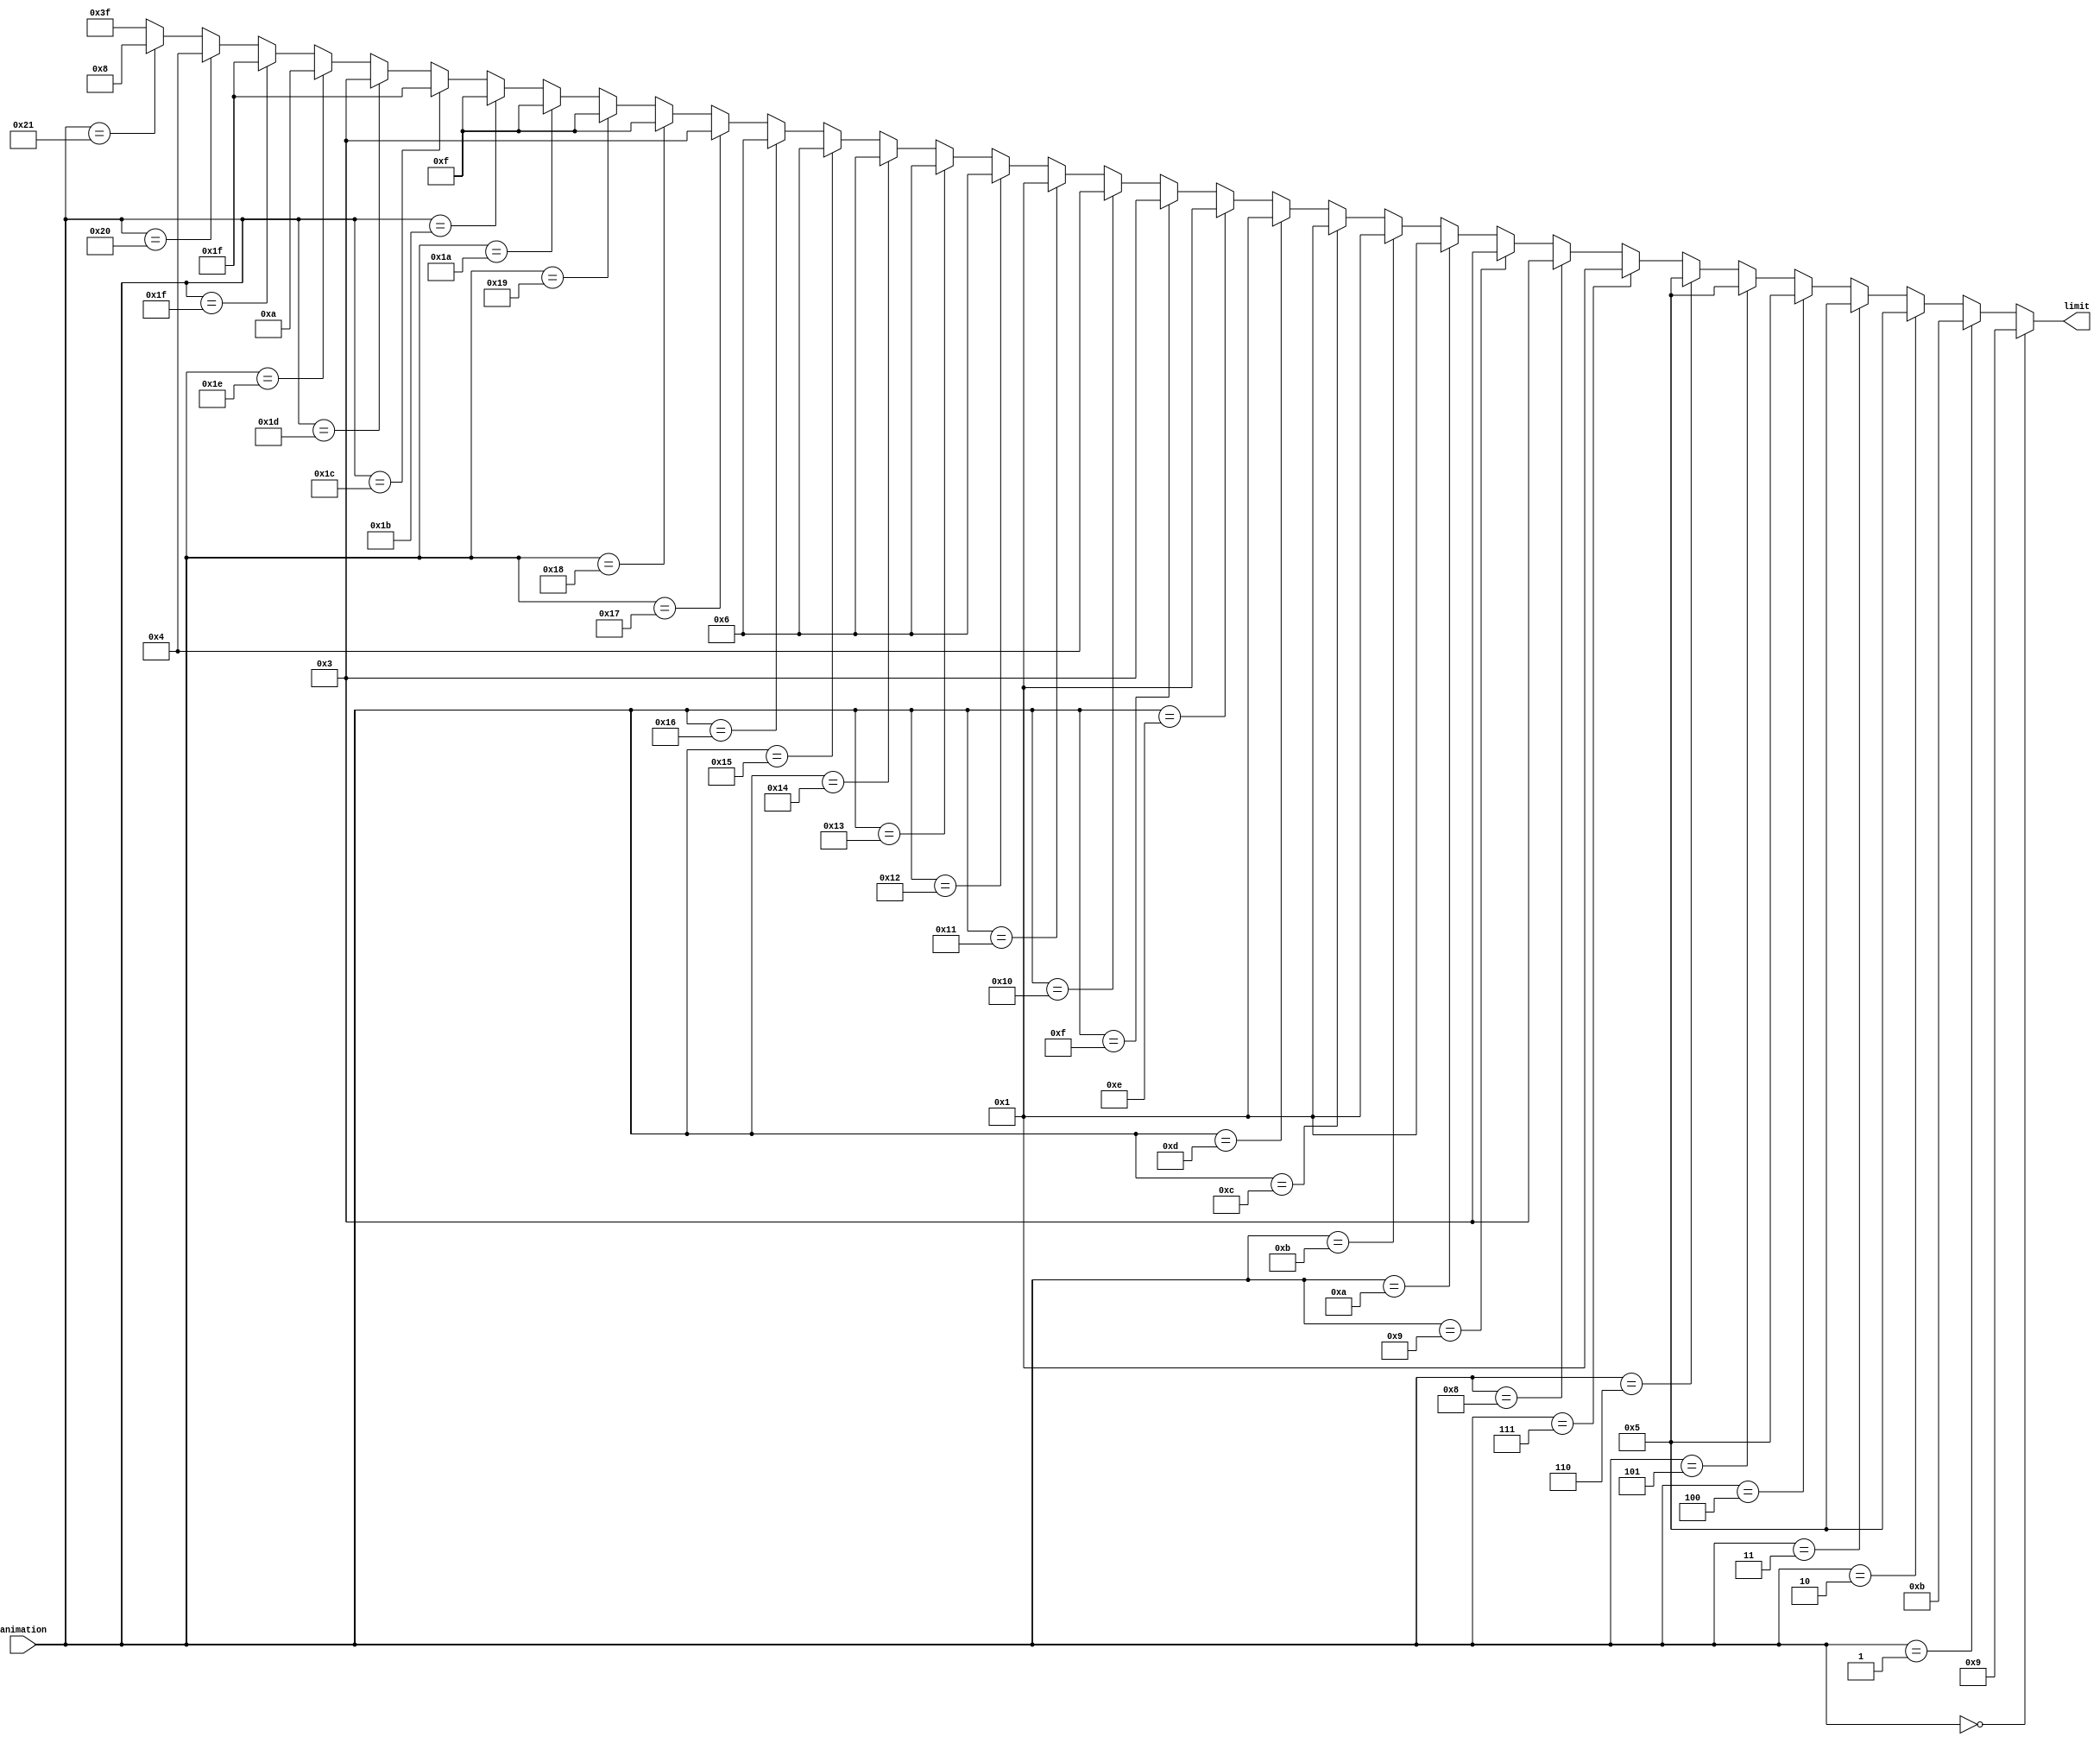
`default_nettype none 
//`timescale 1ns / 1ps

module changing (
    input wire [5:0] animation,
    output wire [5:0] limit
);

    assign limit = (animation == 6'b000000) ? 9 :  // ani0, 0 -> 9
                (animation == 6'b000001) ? 11 :  // ani1, Armin Hartl 
                (animation == 6'b000010) ? 5 :   // ani2, Around clockwise
                (animation == 6'b000011) ? 5 :   // ani3, Around anti-clockwise
                (animation == 6'b000100) ? 5 :   // ani4, Pair do round anti-clockwise
                (animation == 6'b000101) ? 5 :   // ani5, Pair do round clockwise
                (animation == 6'b000110) ? 5 :   // ani6, Pair switcher
                (animation == 6'b000111) ? 1 :   // ani7, Up & Down - Case Up & Down - Straight
                (animation == 6'b001000) ? 3 :   // ani8, Up & Down - Straight
                (animation == 6'b001001) ? 3 :   // ani9, H |-| idk
                (animation == 6'b001010) ? 1 :   // ani10, blinking
                (animation == 6'b001011) ? 1 :   // ani11, o & 
                (animation == 6'b001100) ? 1 :   // ani12, right & left
                (animation == 6'b001101) ? 1 :   // ani13, half H 1
                (animation == 6'b001110) ? 1 :   // ani14, half H 2
                (animation == 6'b001111) ? 3 :   // ani15, Circle down
                (animation == 6'b010000) ? 4 :   // ani16, Hello
                (animation == 6'b010001) ? 1 :   // ani17, Schrg
                (animation == 6'b010010) ? 6 :   // ani18, Random 1
                (animation == 6'b010011) ? 6 :   // ani19, Random 2
                (animation == 6'b010100) ? 6 :   // ani20, Random 3
                (animation == 6'b010101) ? 6 :   // ani21, Random 4
                (animation == 6'b010110) ? 6 :   // ani22, Random 5
                (animation == 6'b010111) ? 3 :   // ani23, Circle up
                (animation == 6'b011000) ? 15 :  // ani24, Random+ 1
                (animation == 6'b011001) ? 15 :  // ani25, Random+ 2
                (animation == 6'b011010) ? 15 :  // ani26, Random+ 3
                (animation == 6'b011011) ? 15 :  // ani27, Random Numbers
                (animation == 6'b011100) ? 31 :  // ani28, Random Numbers+
                (animation == 6'b011101) ? 3 :   // ani29, Pulse
                (animation == 6'b011110) ? 10 :  // ani30, Birthday
                (animation == 6'b011111) ? 31 :  // ani31, Random++
               // New animations ST_ANI32 to ST_ANI50
                (animation == 6'b100000) ? 4 :   // ani32, Pulse
                (animation == 6'b100001) ? 8 :   // ani33, Online try
            /*    (animation == 6'b100010) ? 4 :   // ani34
                (animation == 6'b100011) ? 4 :   // ani35
                (animation == 6'b100100) ? 4 :   // ani36
                (animation == 6'b100101) ? 4 :   // ani37
                (animation == 6'b100110) ? 4 :   // ani38
                (animation == 6'b100111) ? 4 :   // ani39
                (animation == 6'b101000) ? 4 :   // ani40
                (animation == 6'b101001) ? 4 :   // ani41
                (animation == 6'b101010) ? 4 :   // ani42
                (animation == 6'b101011) ? 4 :   // ani43
                (animation == 6'b101100) ? 4 :   // ani44
                (animation == 6'b101101) ? 4 :   // ani45
                (animation == 6'b101110) ? 4 :   // ani46
                (animation == 6'b101111) ? 4 :   // ani47
                (animation == 6'b110000) ? 4 :   // ani48
                (animation == 6'b110001) ? 4 :   // ani49
                (animation == 6'b110010) ? 4 :   // ani50
                (animation == 6'b110011) ? 2 :   // ani51
                (animation == 6'b110100) ? 2 :   // ani52
                (animation == 6'b110101) ? 2 :   // ani53
                (animation == 6'b110110) ? 2 :   // ani54
                (animation == 6'b110111) ? 2 :   // ani55
                (animation == 6'b111000) ? 2 :   // ani56
                (animation == 6'b111001) ? 2 :   // ani57
                (animation == 6'b111010) ? 2 :   // ani58
                (animation == 6'b111011) ? 2 :   // ani59
                (animation == 6'b111100) ? 2 :   // ani60
                (animation == 6'b111101) ? 2 :   // ani61
                (animation == 6'b111110) ? 2 :   // ani62
                (animation == 6'b111111) ? 2 :   // ani63
            */  6'b111111;  // default

endmodule